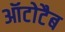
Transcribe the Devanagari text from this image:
ऑटोटैब